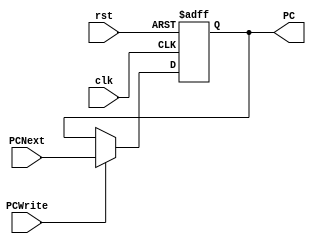
module program_counter(
input clk,rst,PCWrite,
input [31:0]PCNext,
output reg [31:0]PC
    );
     always @ (posedge clk  or negedge rst) //next instruction
    begin
    if(!rst)
		PC <= 0;  
    else if (PCWrite) 
		PC <= PCNext;
    else 
		PC <= PC; end
endmodule